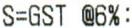
S=GST @6%: